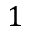
1